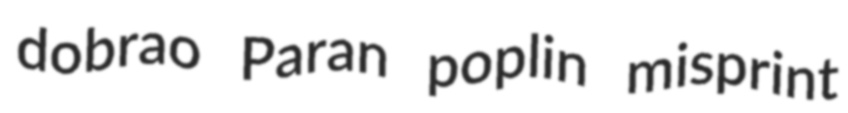
dobrao Paran poplin misprint